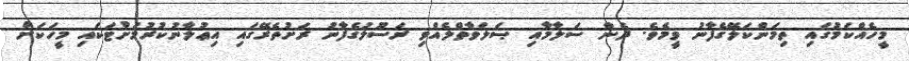
މީހެއްކަމުގައި ތިމަންކަލޭގެފާނު ވީމެވެ. ދެން ސަލާމާއި ޞަލަވާތްލެއްވި ރަސޫލުގެފާނު ރަށުތެރޭގައި އިޢުލާނުކުރުމަށްޓަކައި މީހަކަށް